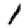
Digit: 1